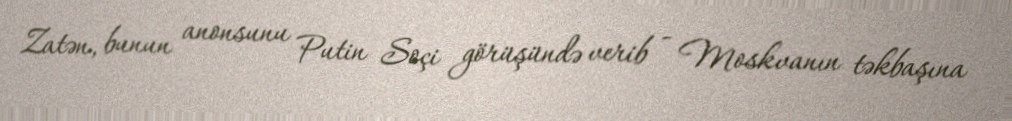
Zatən, bunun anonsunu Putin Soçi görüşündə verib - Moskvanın təkbaşına